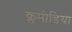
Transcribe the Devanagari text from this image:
क्लमीडिया